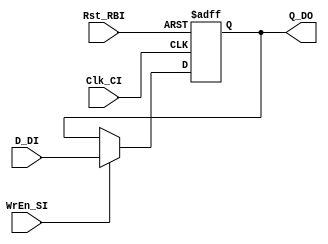
/* ================================================================================
// Flip-flop template
// Project: SynTech
// ---- Description ---------------------------------------------------------------
// Positive-edge triggered FF with asynchronous reset and write enable
// ---- Input/Output specifications -----------------------------------------------
// D_DI     input data signal of FF
// Q_DO     output data signal of FF
// WrEn_SI  write enable signal (writes when active high)
// ================================================================================ */

module FF
#(
  parameter DATA_WIDTH = 10   // Number of bits for data
)
(   
  input                       Clk_CI,  // Clock signal
  input                       Rst_RBI, // Asynchronous active low reset
  input                       WrEn_SI, // Active High Write enable

  input      [DATA_WIDTH-1:0] D_DI,    // Input data to FF
   
  output reg [DATA_WIDTH-1:0] Q_DO     // Output data of FF
);

always @(posedge Clk_CI or negedge Rst_RBI)
  if(~Rst_RBI)
    Q_DO <= 0;
  else if(WrEn_SI)
    Q_DO <= D_DI;

endmodule